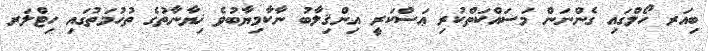
ބިއަރ ހޯލްގައި ގެންނަން މަސައްކަތްކުރި ޢަސްކަރީ އިންޤިލާބު ނާކާމިޔާބުވެ ޚިޔާނާތުގެ ތުހުމަތުގައި ހިޓްލަރ